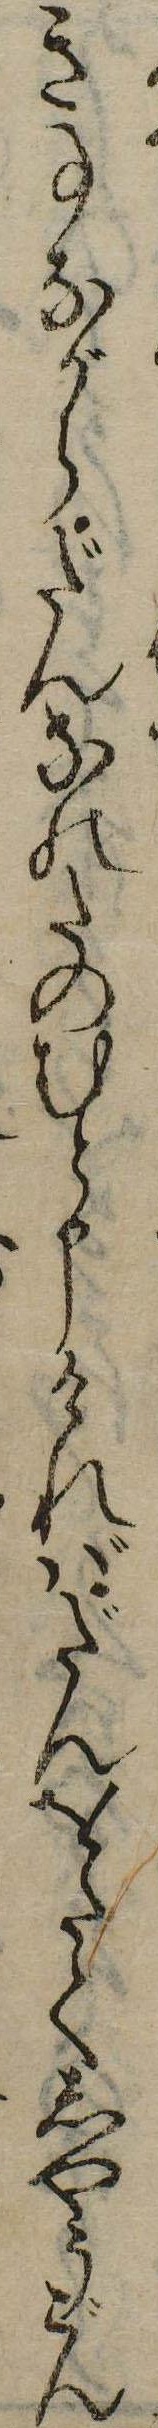
き事ながらだんなのたのむと申ければだんをたてしやうごん